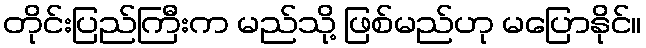
တိုင်းပြည်ကြီးက မည်သို့ ဖြစ်မည်ဟု မပြောနိုင်။